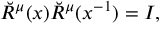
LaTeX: \breve { R } ^ { \l \mu } ( x ) \breve { R } ^ { \mu \l } ( x ^ { - 1 } ) = I ,